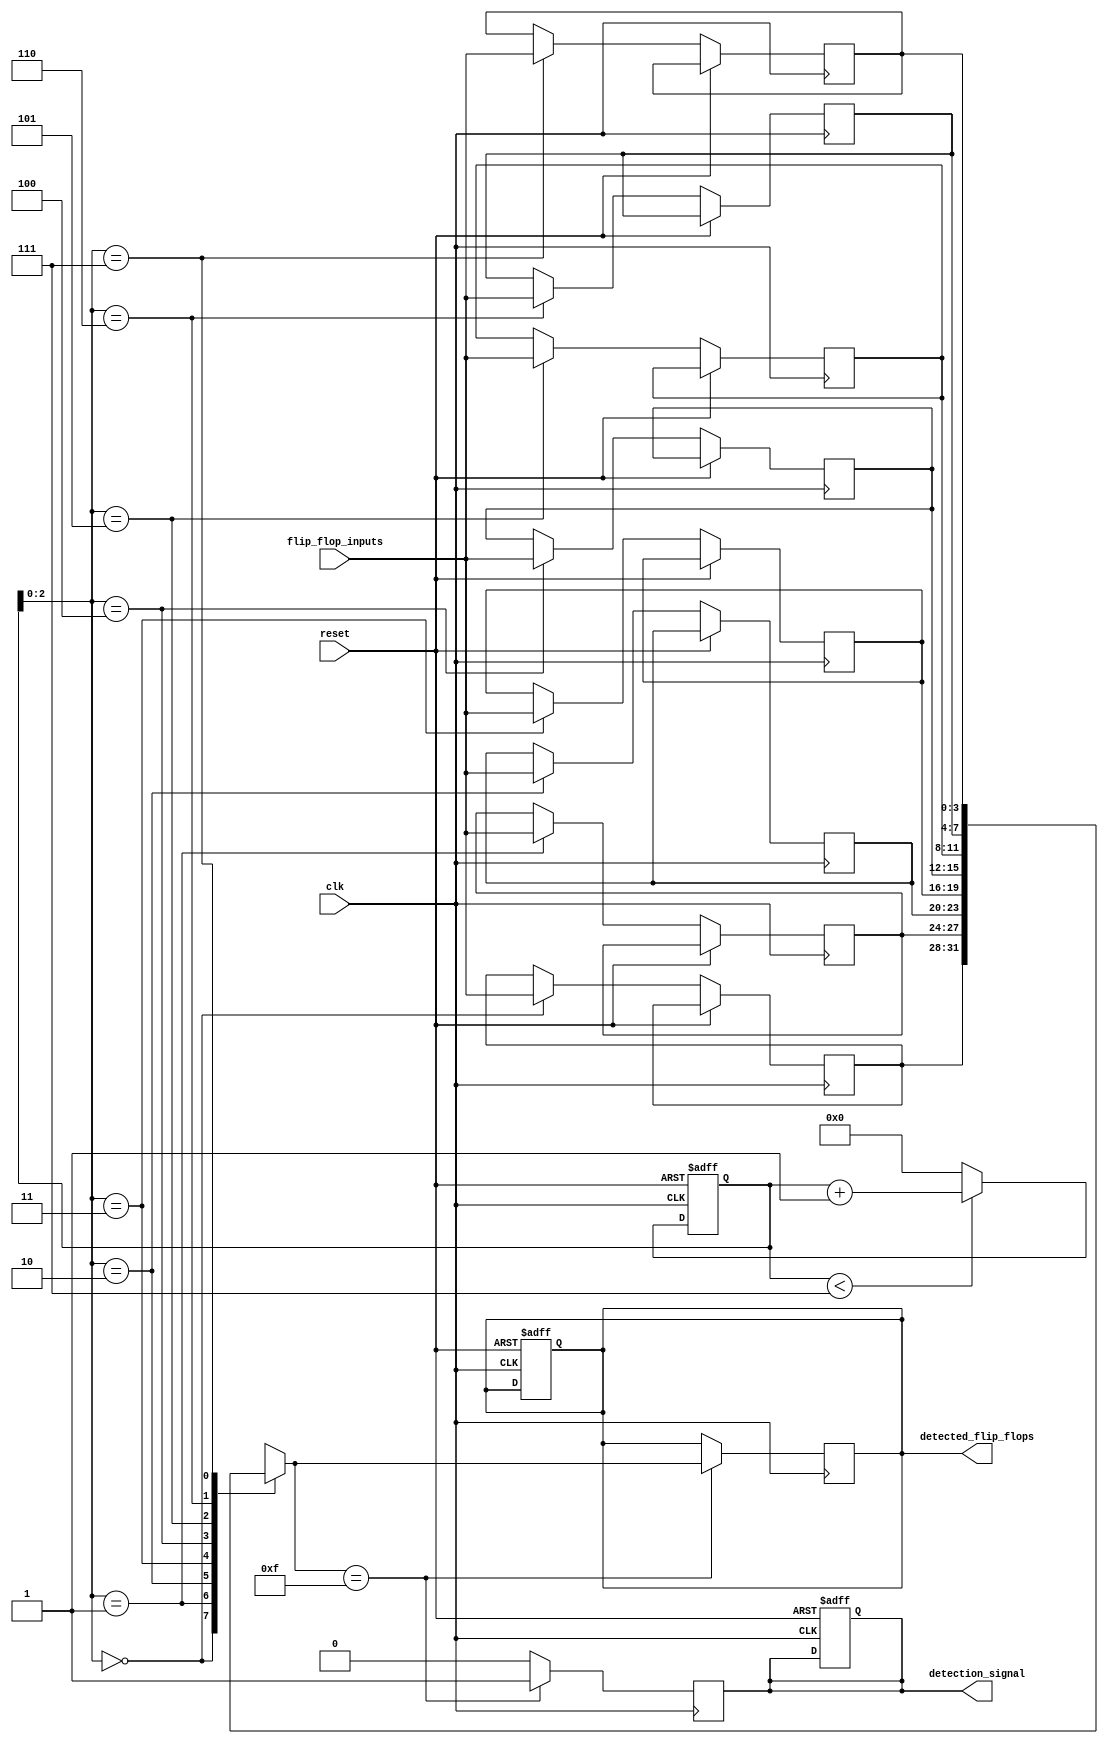
module FlipFlopDetector #(
    parameter NUM_FLIP_FLOPS = 4, // Number of flip-flops to monitor
    parameter MEMORY_DEPTH = 8     // Depth of memory blocks
)(
    input wire clk,                // Clock signal
    input wire reset,              // Reset signal
    input wire [NUM_FLIP_FLOPS-1:0] flip_flop_inputs, // Flip-flop inputs
    output reg [NUM_FLIP_FLOPS-1:0] detected_flip_flops, // Detected flip-flops
    output reg detection_signal     // Signal indicating detection
);

    // Memory blocks to store states of flip-flops
    reg [NUM_FLIP_FLOPS-1:0] memory_blocks [0:MEMORY_DEPTH-1];
    reg [MEMORY_DEPTH-1:0] write_pointer; // Pointer for writing to memory

    // Control Logic
    always @(posedge clk or posedge reset) begin
        if (reset) begin
            write_pointer <= 0;
            detected_flip_flops <= 0;
            detection_signal <= 0;
        end else begin
            // Capture the state of flip-flops
            memory_blocks[write_pointer] <= flip_flop_inputs;

            // Increment write pointer
            if (write_pointer < MEMORY_DEPTH - 1) begin
                write_pointer <= write_pointer + 1;
            end else begin
                write_pointer <= 0; // Wrap around
            end
        end
    end

    // Detection Logic
    always @(posedge clk) begin
        // Check for specific patterns in memory blocks
        // Example: Detect if all flip-flops are set
        if (memory_blocks[write_pointer] == {NUM_FLIP_FLOPS{1'b1}}) begin
            detected_flip_flops <= memory_blocks[write_pointer];
            detection_signal <= 1; // Signal detection
        end else begin
            detection_signal <= 0; // Reset detection signal
        end
    end

endmodule